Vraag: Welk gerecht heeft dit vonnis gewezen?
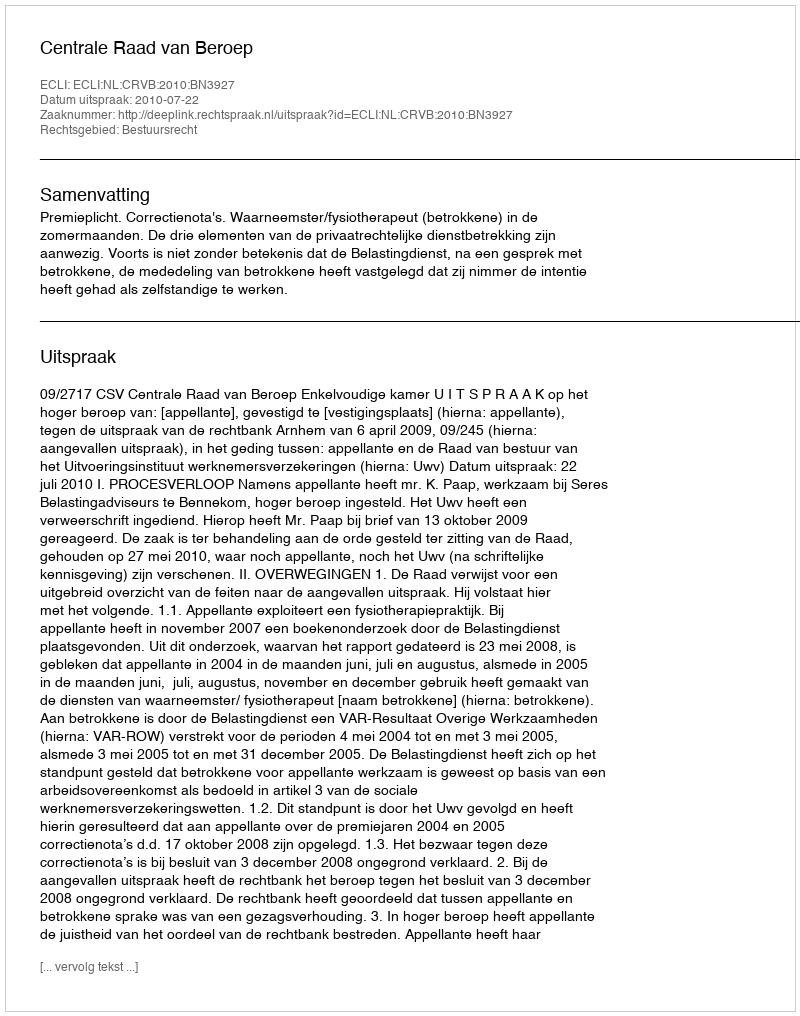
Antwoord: Centrale Raad van Beroep